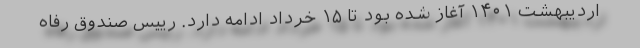
اردیبهشت ۱۴۰۱ آغاز شده بود تا ۱۵ خرداد ادامه دارد. رییس صندوق رفاه